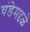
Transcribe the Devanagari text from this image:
चंडेमद्दळे